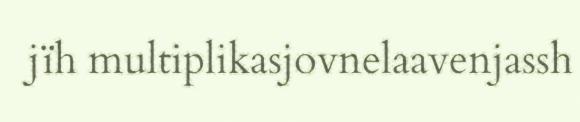
jïh multiplikasjovnelaavenjassh